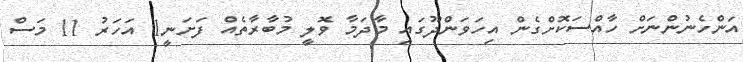
އަންހެނުންނަށް ހާއްސަކޮށްގެން އިހަވަންދޫގައި މާދަމާ ވޮލީ މުބާރާތެއް ފަށަނީ1 އަހަރު 11 މަސް